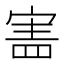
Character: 𡩜